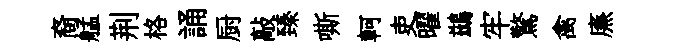
裔艋荆格誦厨敲臻嘶軻吏曜鷀牢驚禽㢘